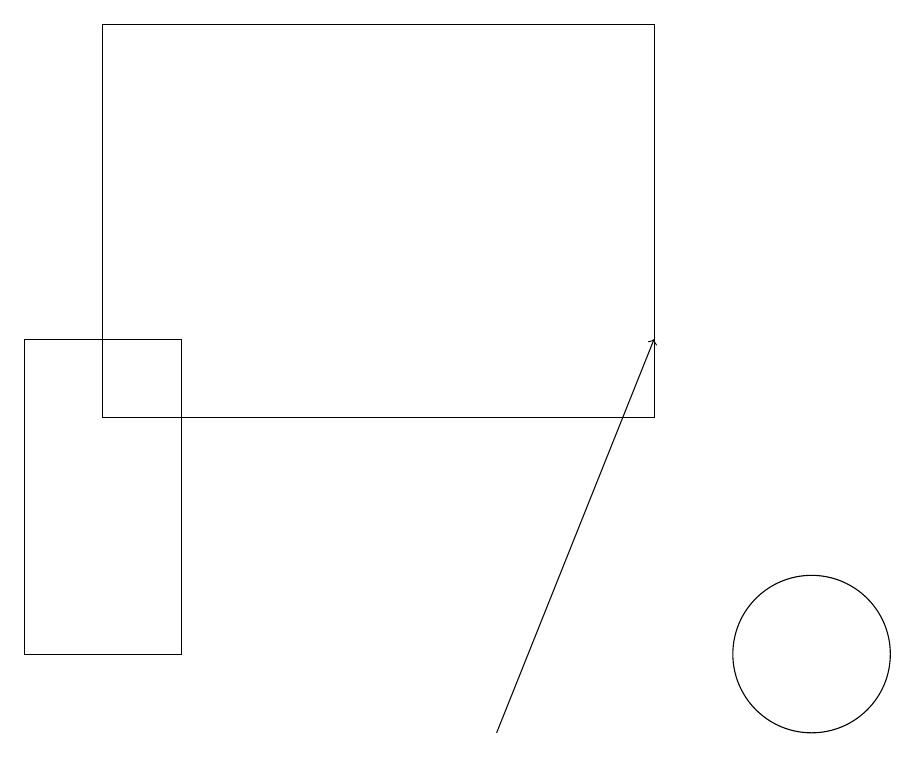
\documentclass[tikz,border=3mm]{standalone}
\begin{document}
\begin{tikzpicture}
\draw (10,11) circle (1);
\draw (1,19) rectangle (8,14);
\draw (0,11) rectangle (2,15);
\draw[->] (6,10) -- (8,15);
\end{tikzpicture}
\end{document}